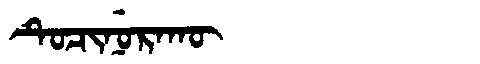
Manchu: ᡨᡠᠴᡳᠨᡠᡵᠠᡴᡡ
Romanization: TUCINURAKŪ